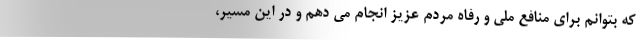
که بتوانم برای منافع ملی و رفاه مردم عزیز انجام می دهم و در این مسیر،